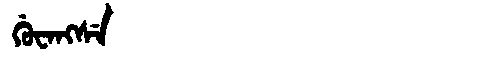
Manchu: ᡤᡠᠸᠠᠩᠰᡝ
Romanization: GUWANGSE